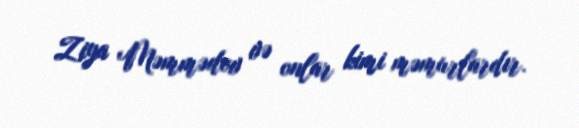
Ziya Məmmədov və onlar kimi məmurlardır.